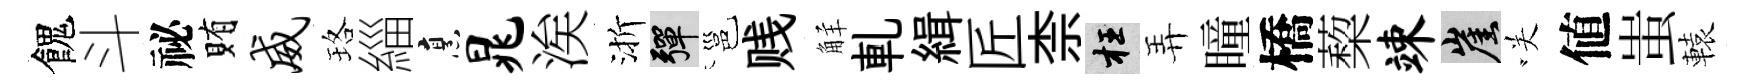
餽斗祕賄威珞緇烹晁涘渐彈邕贱觧軋緝匠柰枉弄瞳橋蔾竦崖咲値蚩轅